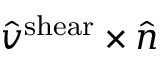
\hat { v } ^ { \mathrm { s h e a r } } \times \hat { n }